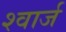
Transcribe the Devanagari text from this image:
श्वार्ज